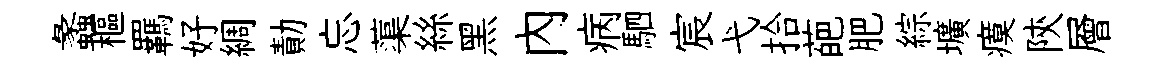
蠡樞羈好綢勣忘蕖絲黑內病駟宸弋拾葩肥綜壙瘼陝層